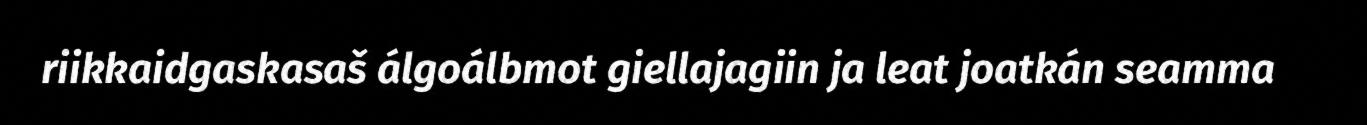
riikkaidgaskasaš álgoálbmot giellajagiin ja leat joatkán seamma